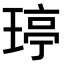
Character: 𤧟